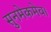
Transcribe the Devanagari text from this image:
सुनमेकमेव।